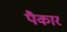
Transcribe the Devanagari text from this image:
पैकार